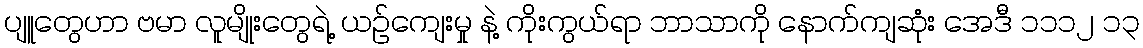
ပျူတွေဟာ ဗမာ လူမျိုးတွေရဲ့ ယဉ်ကျေးမှု နဲ့ ကိုးကွယ်ရာ ဘာသာကို နောက်ကျဆုံး အေဒီ ၁၁၁၂ ၁၃